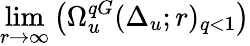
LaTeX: \operatorname*{lim}_{r\to\infty}\left(\Omega_{u}^{qG}(\Delta_{u};r)_{q<1}\right)